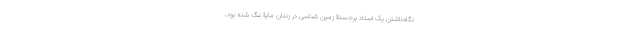
نگاه‌داشتن یک استاد برجستۀ زمین شناسی در زندان مایۀ ننگ شده بود‌،